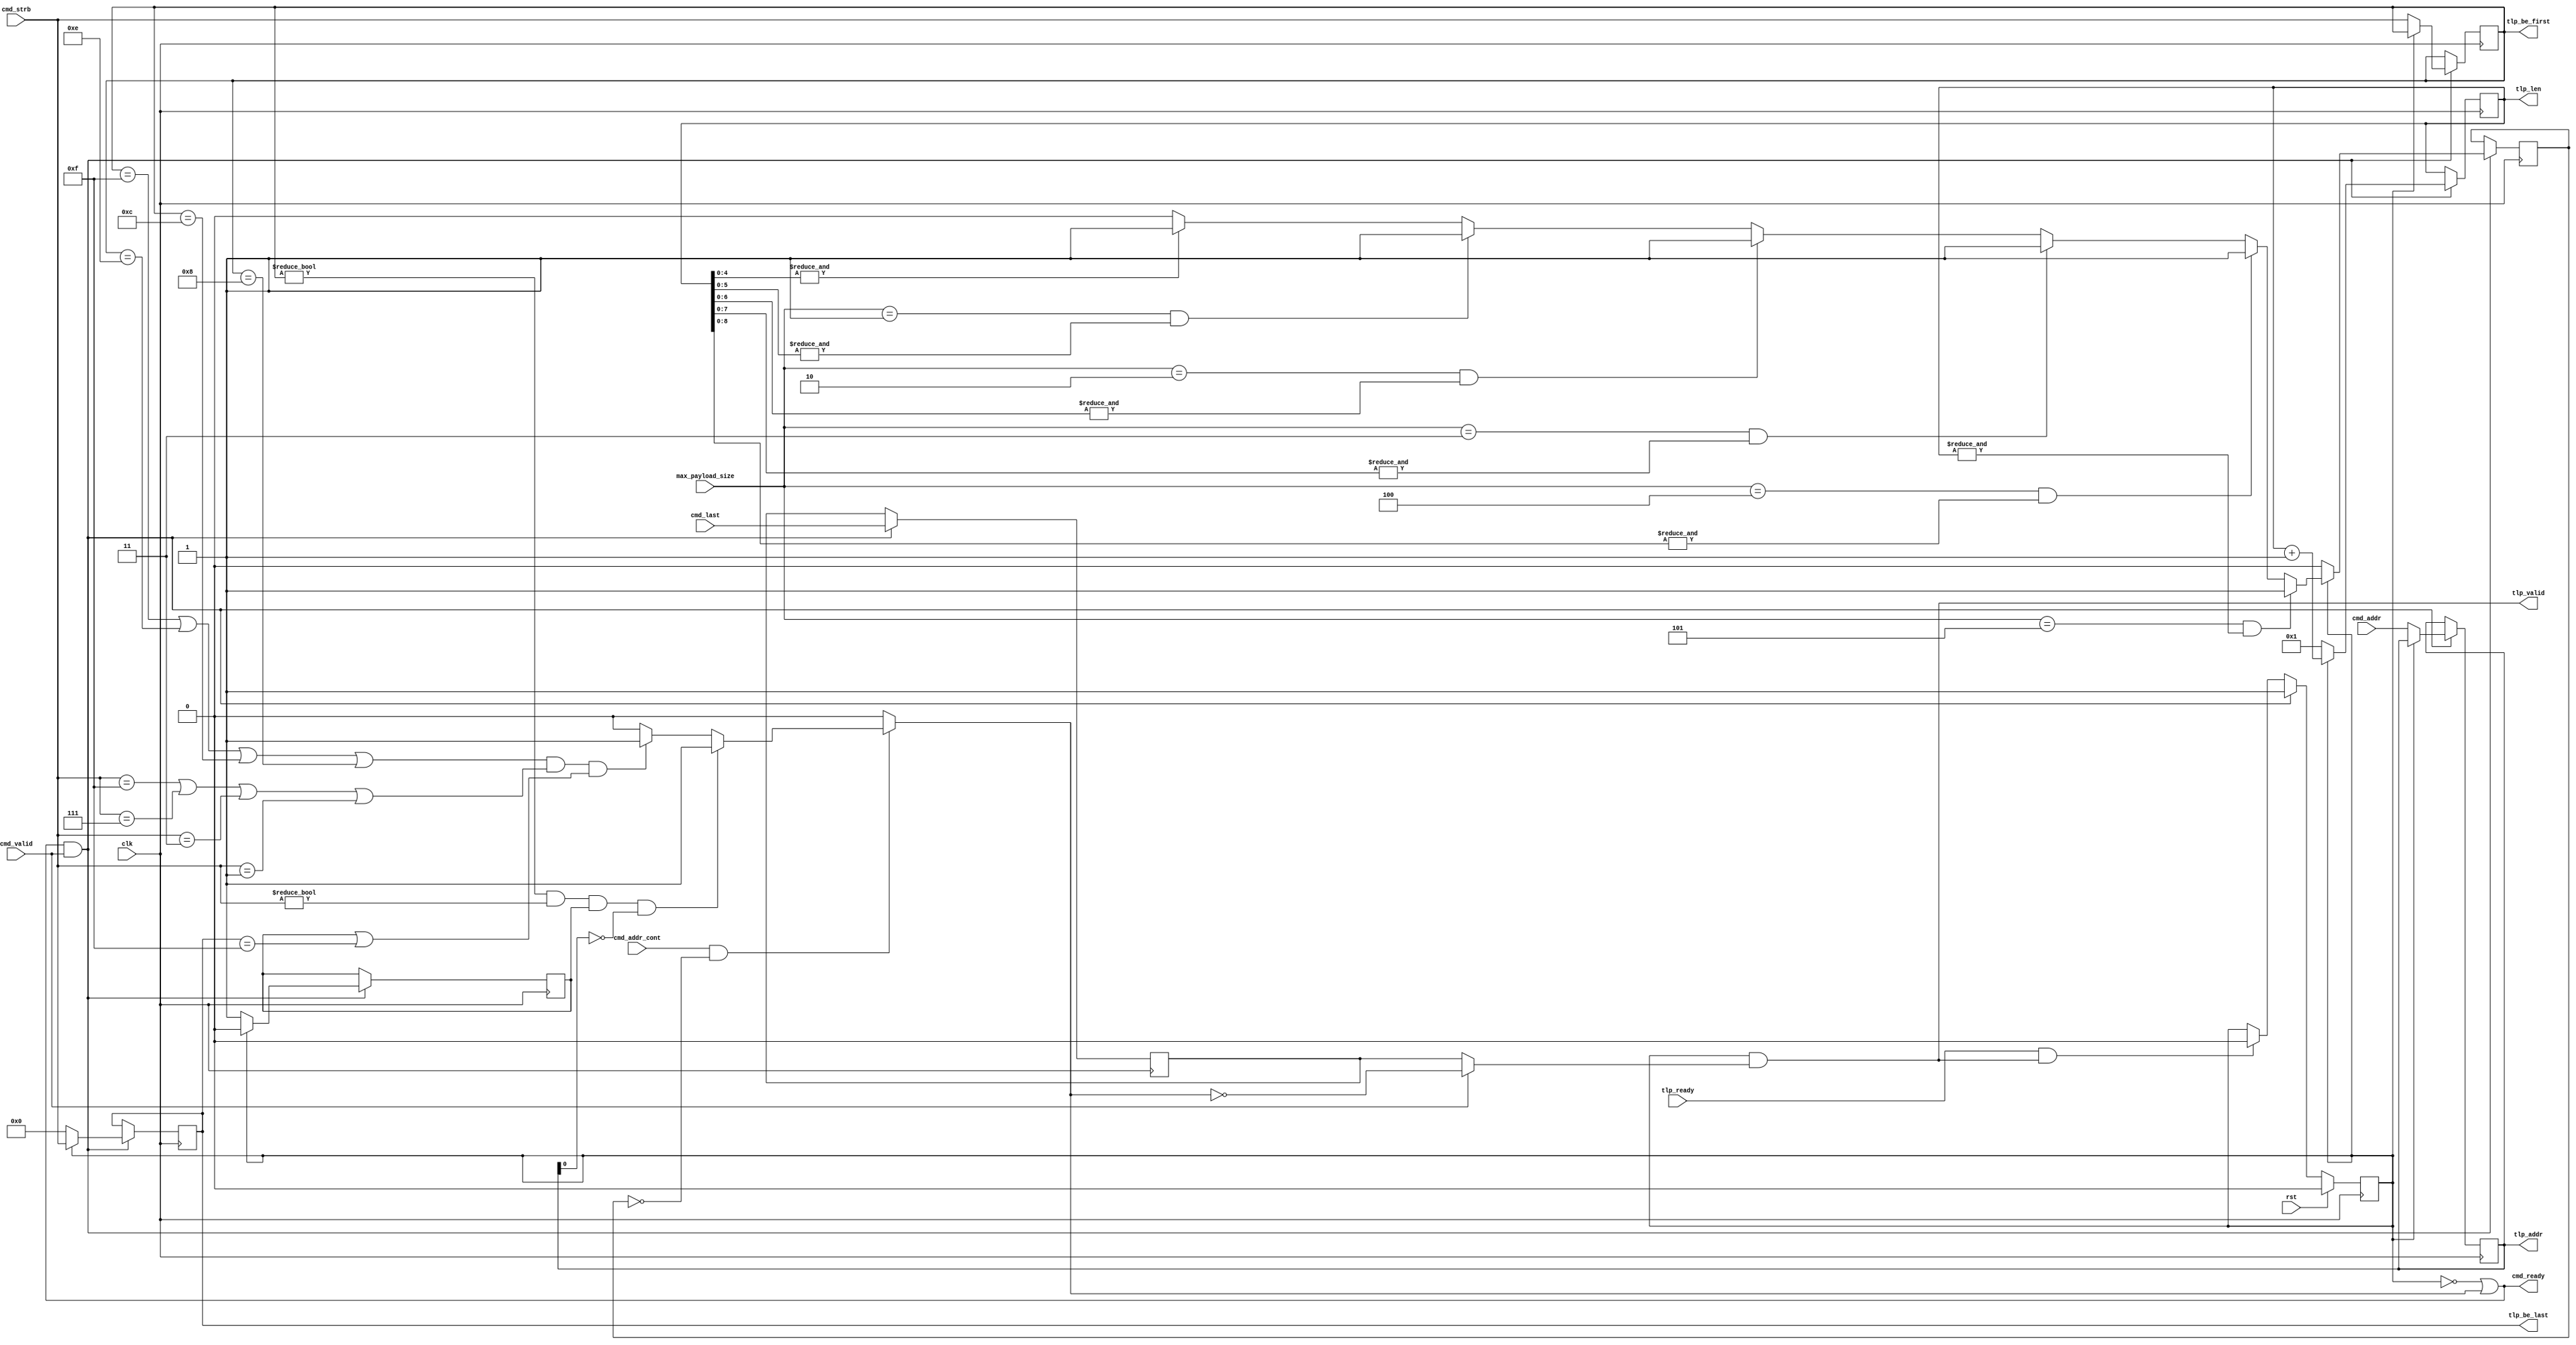

module dlsc_pcie_s6_outbound_write_cmdmerge #(
    parameter ADDR      = 32,
    parameter LEN       = 4,
    parameter MAX_SIZE  = 128                       // maximum write payload size
) (
    // system
    input   wire                clk,
    input   wire                rst,
    
    // command stream input
    output  wire                cmd_ready,
    input   wire                cmd_valid,
    input   wire    [ADDR-1:2]  cmd_addr,
    input   wire                cmd_addr_cont,      // cmd_addr is contiguous with previous command
    input   wire    [3:0]       cmd_strb,
    input   wire                cmd_last,           // last split command for a particular AW command

    // TLP header output
    input   wire                tlp_ready,
    output  wire                tlp_valid,
    output  reg     [ADDR-1:2]  tlp_addr,
    output  reg     [9:0]       tlp_len,
    output  reg     [3:0]       tlp_be_first,
    output  reg     [3:0]       tlp_be_last,
    
    // Config
    input   wire    [2:0]       max_payload_size    // 128, 256, 512, 1024, 2048, 4096 (must be <= MAX_SIZE)
);

reg             tlp_valid_i;

reg             tlp_len_one;
reg             tlp_len_max;

reg             tlp_cmd_last;

reg             next_tlp_len_max;

reg             tlp_can_merge;

always @* begin
    tlp_can_merge       = 1'b0;

    if(cmd_addr_cont && !tlp_len_max) begin
        if( (tlp_be_first == 4'hF || tlp_be_first == 4'hE || tlp_be_first == 4'hC || tlp_be_first == 4'h8) &&
            (cmd_strb     == 4'hF || cmd_strb     == 4'h7 || cmd_strb     == 4'h3 || cmd_strb     == 4'h1) &&
            (tlp_len_one || tlp_be_last == 4'hF) )
        begin
            // contiguous
            tlp_can_merge       = 1'b1;
        end

        if(tlp_be_first != 4'h0 && cmd_strb != 4'h0 && tlp_len_one && tlp_addr[2] == 1'b0) begin
            // special case: QW aligned write allows sparse strobes
            tlp_can_merge       = 1'b1;
        end
    end
end

assign          cmd_ready       = !tlp_valid_i || tlp_can_merge;

// we'll push when the next command can't be merged, or if the command path is throttling (but only on command boundaries)
assign          tlp_valid       = tlp_valid_i && ( cmd_valid ? !tlp_can_merge : tlp_cmd_last );

wire            tlp_update      = cmd_ready && cmd_valid;

always @(posedge clk) begin
    if(rst) begin
        tlp_valid_i     <= 1'b0;
    end else begin
        if(tlp_ready && tlp_valid) begin
            tlp_valid_i     <= 1'b0;
        end
        if(tlp_update) begin
            tlp_valid_i     <= 1'b1;
        end
    end
end

always @(posedge clk) begin
    if(tlp_update) begin
        tlp_cmd_last    <= cmd_last;
        if(!tlp_valid_i) begin
            tlp_addr        <= cmd_addr;
            tlp_len         <= 1;
            tlp_len_one     <= 1'b1;
            tlp_len_max     <= 1'b0;
            tlp_be_first    <= cmd_strb;
            tlp_be_last     <= 4'h0;
        end else begin
//          tlp_addr        <= tlp_addr;
            tlp_len         <= tlp_len + 1;
            tlp_len_one     <= 1'b0;
            tlp_len_max     <= next_tlp_len_max;
//          tlp_be_first    <= tlp_be_first;
            tlp_be_last     <= cmd_strb;
        end
    end
end

always @* begin
    next_tlp_len_max    = 1'b0;
    if( (MAX_SIZE == 128  || max_payload_size == 3'b000) && (&tlp_len[4:0])) next_tlp_len_max = 1'b1;
    if( (MAX_SIZE == 256  || max_payload_size == 3'b001) && (&tlp_len[5:0])) next_tlp_len_max = 1'b1;
    if( (MAX_SIZE == 512  || max_payload_size == 3'b010) && (&tlp_len[6:0])) next_tlp_len_max = 1'b1;
    if( (MAX_SIZE == 1024 || max_payload_size == 3'b011) && (&tlp_len[7:0])) next_tlp_len_max = 1'b1;
    if( (MAX_SIZE == 2048 || max_payload_size == 3'b100) && (&tlp_len[8:0])) next_tlp_len_max = 1'b1;
    if( (MAX_SIZE == 4096 || max_payload_size == 3'b101) && (&tlp_len[9:0])) next_tlp_len_max = 1'b1;
end

endmodule